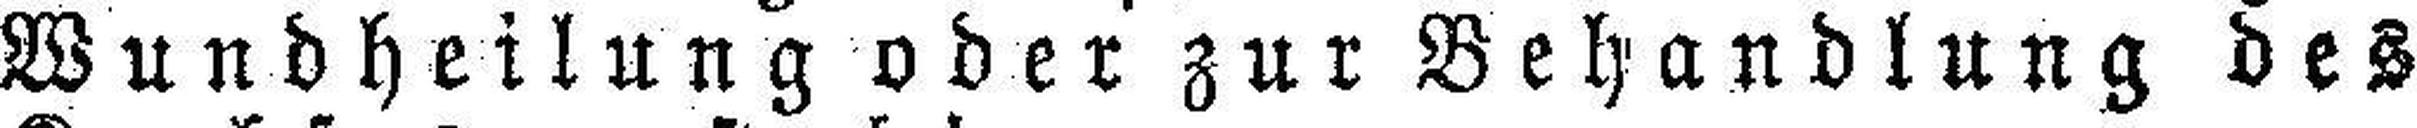
Wundheilung oder zur Behandlung des